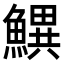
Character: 𬵫